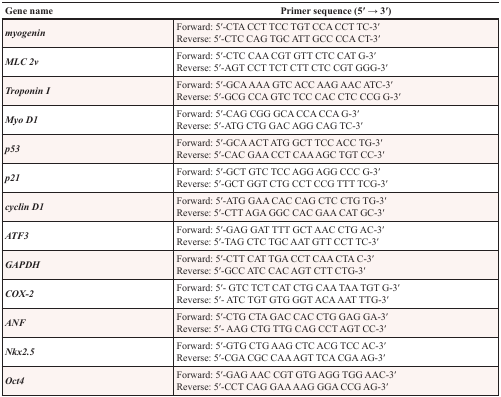
| Gene name | Primer sequence (5′ → 3′) |
 | --- | --- |
 | myogenin | Forward: 5′-CTA CCT TCC TGT CCA CCT TC-3′Reverse: 5′-CTC CAG TGC ATT GCC CCA CT-3′ |
 | MLC 2v | Forward: 5′-CTC CAA CGT GTT CTC CAT G-3′Reverse: 5′-AGT CCT TCT CTT CTC CGT GGG-3′ |
 | Troponin I | Forward: 5′-GCA AAA GTC ACC AAG AAC ATC-3′Reverse: 5′-GCG CCA GTC TCC CAC CTC CCG G-3′ |
 | Myo D1 | Forward: 5′-CAG CGG GCA CCA CCA G-3′Reverse: 5′-ATG CTG GAC AGG CAG TC-3′ |
 | p53 | Forward: 5′-GCA ACT ATG GCT TCC ACC TG-3′Reverse: 5′-CAC GAA CCT CAA AGC TGT CC-3′ |
 | p21 | Forward: 5′-GCT GTC TCC AGG AGG CCC G-3′Reverse: 5′-GCT GGT CTG CCT CCG TTT TCG-3′ |
 | cyclin D1 | Forward: 5′-ATG GAA CAC CAG CTC CTG TG-3′Reverse: 5′-CTT AGA GGC CAC GAA CAT GC-3′ |
 | ATF3 | Forward: 5′-GAG GAT TTT GCT AAC CTG AC-3′Reverse: 5′-TAG CTC TGC AAT GTT CCT TC-3′ |
 | GAPDH | Forward: 5′-CTT CAT TGA CCT CAA CTA C-3′Reverse: 5′-GCC ATC CAC AGT CTT CTG-3′ |
 | COX-2 | Forward: 5′- GTC TCT CAT CTG CAA TAA TGT G-3′Reverse: 5′- ATC TGT GTG GGT ACA AAT TTG-3′ |
 | ANF | Forward: 5′-CTG CTA GAC CAC CTG GAG GA-3′Reverse: 5′- AAG CTG TTG CAG CCT AGT CC-3′ |
 | Nkx2.5 | Forward: 5′-GTG CTG AAG CTC ACG TCC AC-3′Reverse: 5′-CGA CGC CAA AGT TCA CGA AG-3′ |
 | Oct4 | Forward: 5′-GAG AAC CGT GTG AGG TGG AAC-3′Reverse: 5′-CCT CAG GAA AAG GGA CCG AG-3′ |